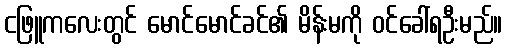
ငဖြူကလေးတွင် မောင်မောင်ခင်၏ မိန်းမကို ဝင်ခေါ်ရဦးမည်။